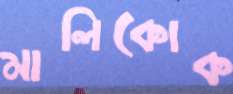
মালিকোক